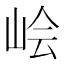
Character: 𰎛